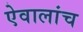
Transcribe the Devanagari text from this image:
ऐवालांच